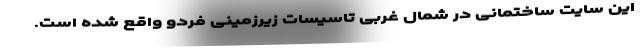
این سایت ساختمانی در شمال غربی تاسیسات زیرزمینی فردو واقع شده است.